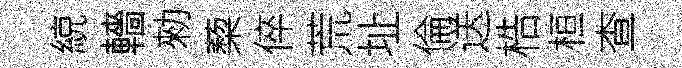
綂轖勑蔾倅荒址倫送梏桓查